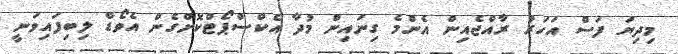
މިދިޔަ ފަސް އަހަރު ރާއްޖެއިން އެންމެ ގިނައިން މުދާ އެކްސްޕޯޓްކޮށްގެން އެވޯޑް ލިބިފައިވަނީ